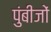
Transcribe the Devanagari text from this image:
पुंबीजों